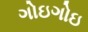
ગોઇગોઇ